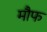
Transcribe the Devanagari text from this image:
मौफ